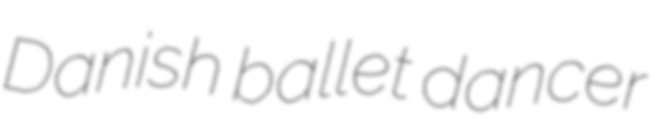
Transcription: Danish ballet dancer